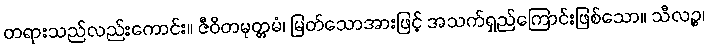
တရားသည်လည်းကောင်း။ ဇီဝိတမုတ္တမံ၊ မြတ်သောအားဖြင့် အသက်ရှည်ကြောင်းဖြစ်သော။ သီလဉ္စ၊